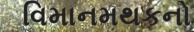
વિમાનમથકનો